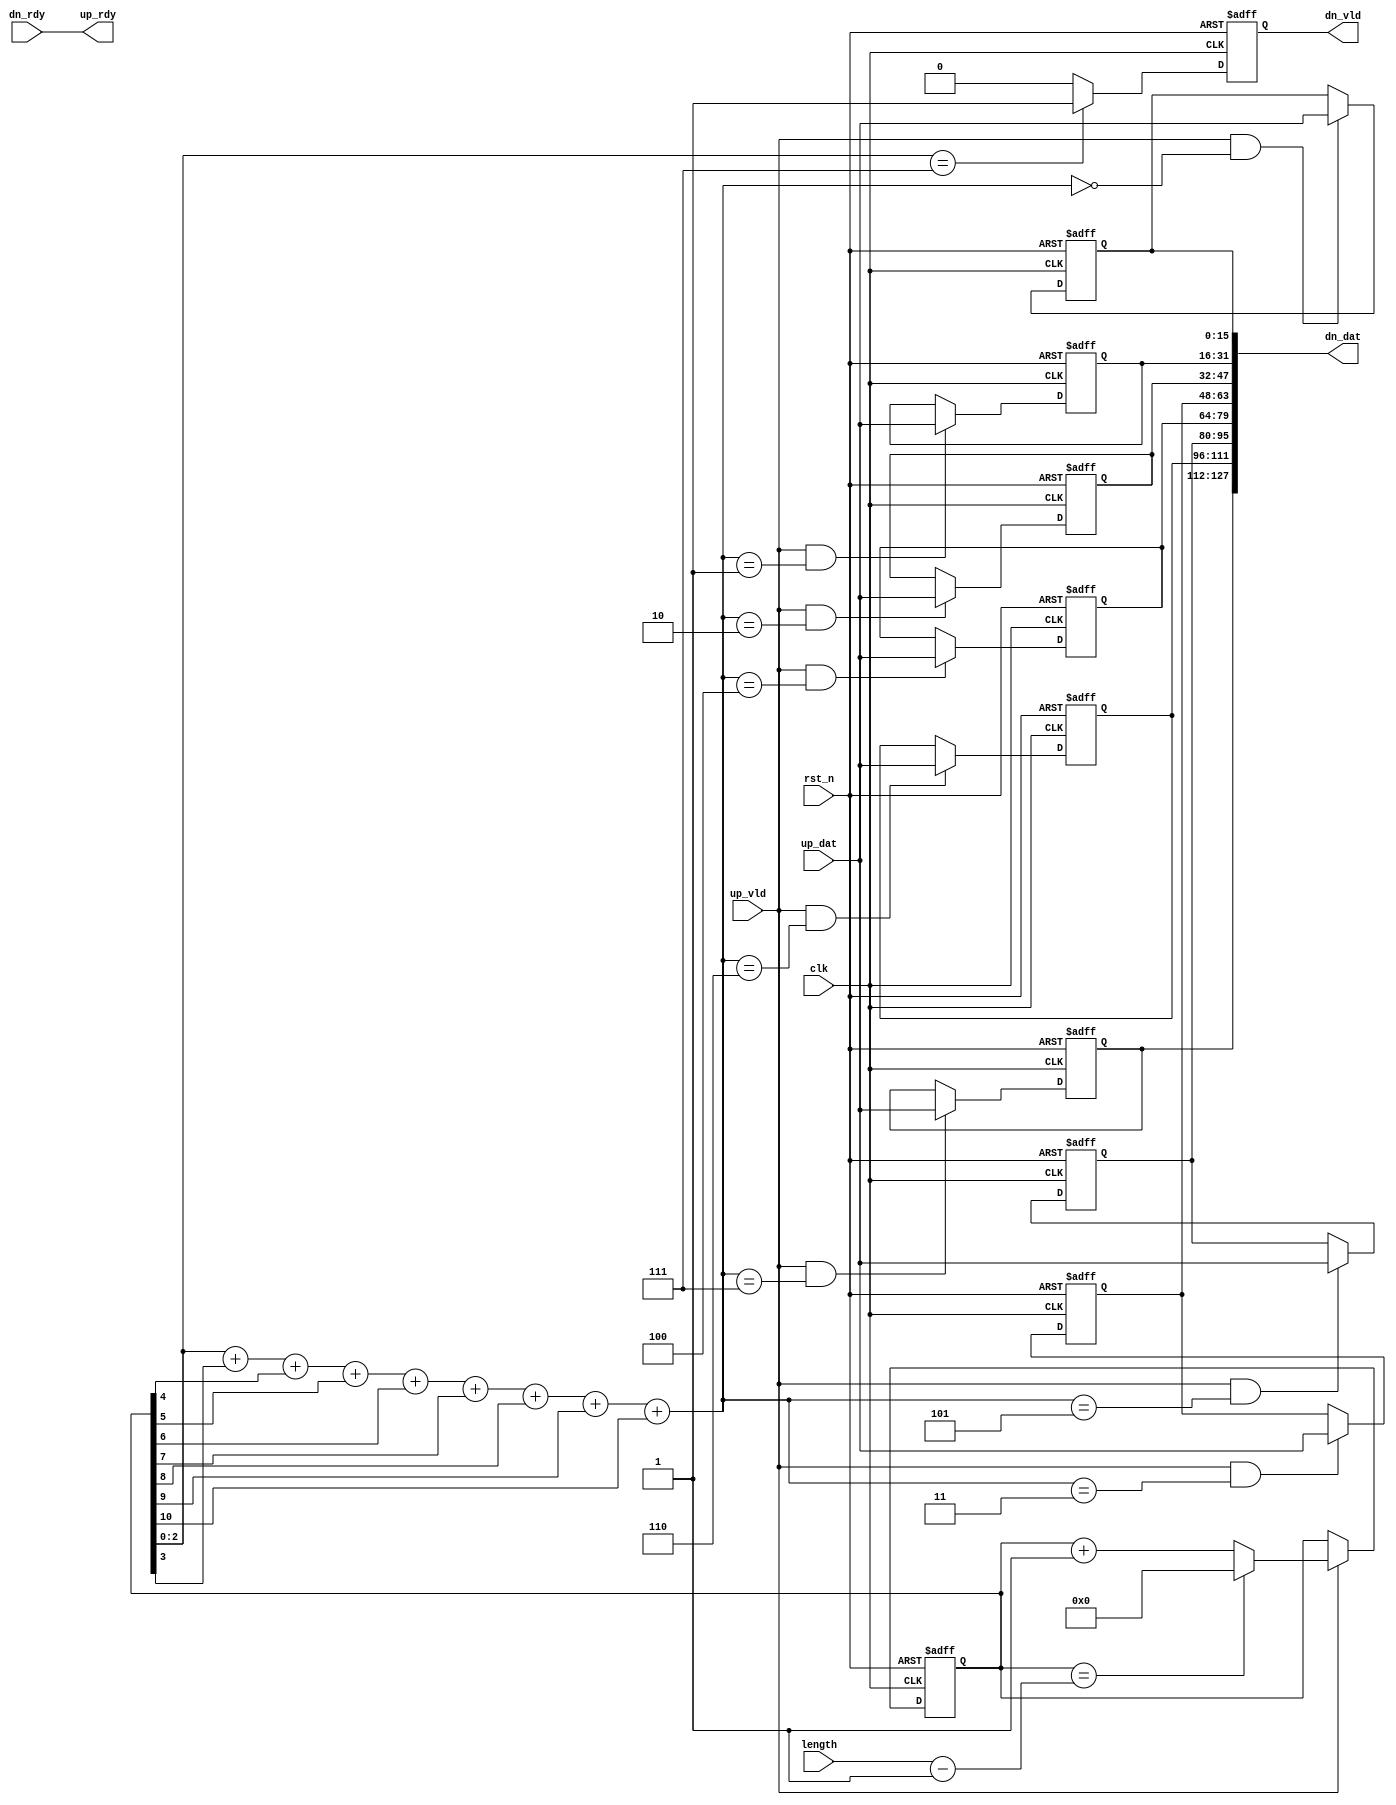
`timescale 1ns / 1ps
//////////////////////////////////////////////////////////////////////////////////
// Company: 
// Engineer: 
// 
// Design Name: 
// Module Name: butterfly_s2p
// Project Name: 
// Target Devices: 
// Tool Versions: 
// Description: 
// 
// Dependencies: 
// 
// Revision:
// Revision 0.01 - File Created
// Additional Comments:
// 
//////////////////////////////////////////////////////////////////////////////////


module butterfly_s2p
# (
  // The data width of input data
  parameter data_width = 16,
  // The data width utilized for accumulated results
  parameter num_output = 8
)
(
  input  wire                        clk,
  input  wire                        rst_n,
  input  wire  [data_width-1:0]  up_dat,
  input  wire                        up_vld,
  input  wire  [32-1:0]          length,
  output wire                        up_rdy,
  output wire  [num_output*data_width-1:0]      dn_dat,
  output wire                        dn_vld,
  input wire                        dn_rdy
);

localparam num_out_bits = $clog2(num_output);

genvar i;

reg  [32-1:0]    up_counter;
reg  [data_width-1:0]    up_dats_r[num_output-1:0];
reg                      dn_vld_r;

assign up_rdy = dn_rdy; // Need to improve to present backpressure
assign dn_vld = dn_vld_r;

always @(posedge clk or negedge rst_n)
if(!rst_n) begin
    up_counter <= 0;
end
else if (up_vld) begin
    if (up_counter == length - 1) up_counter <=0;
    else up_counter <= up_counter + 1;
end

always @(posedge clk or negedge rst_n)
if(!rst_n) begin
    dn_vld_r <= 0;
end
else if (up_counter[num_out_bits-1:0] == {num_out_bits{1'b1}}) begin
    dn_vld_r <= 1'b1;
end
else begin
    dn_vld_r <= 1'b0;
end

wire [num_out_bits-1:0] shift_pos;
wire [32-1:0] insert_pos;
assign shift_pos = up_counter[num_out_bits-1:0] + up_counter[num_out_bits] + up_counter[num_out_bits+1] + up_counter[num_out_bits+2] 
    + up_counter[num_out_bits+3] + up_counter[num_out_bits+4] + up_counter[num_out_bits+5] + up_counter[num_out_bits+6]+ up_counter[num_out_bits+7]; // bitcount and mod opentation 
assign insert_pos = up_counter[num_out_bits-1:0] + up_counter[2*num_out_bits-1:num_out_bits];

/*
always @(posedge clk or negedge rst_n)
if(!rst_n) begin
    up_dats_r[0] <= 0;
end
else if (up_vld & (shift_pos == 0)) begin
    up_dats_r[0] <= up_dat;
end
else begin
    up_dats_r[0] <= up_dats_r[num_output-1];
end
*/

generate
for(i=0 ; i<num_output ; i=i+1)
begin : GENERATE_SHIFT_REG
    always @(posedge clk or negedge rst_n)
    if(!rst_n) begin
        up_dats_r[i] <= 0;
    end
    else if (up_vld & (shift_pos[num_out_bits-1:0] == i)) begin
        up_dats_r[i] <= up_dat;
    end
end

for(i=0 ; i<num_output ; i=i+1)
begin : GENERATE_UP_DAT_WIRING
    assign dn_dat[( data_width*i + data_width-1) : (data_width*i)] = up_dats_r[i];
end

endgenerate


endmodule